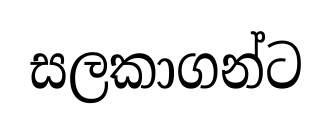
සලකාගන්ට